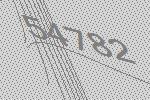
54782